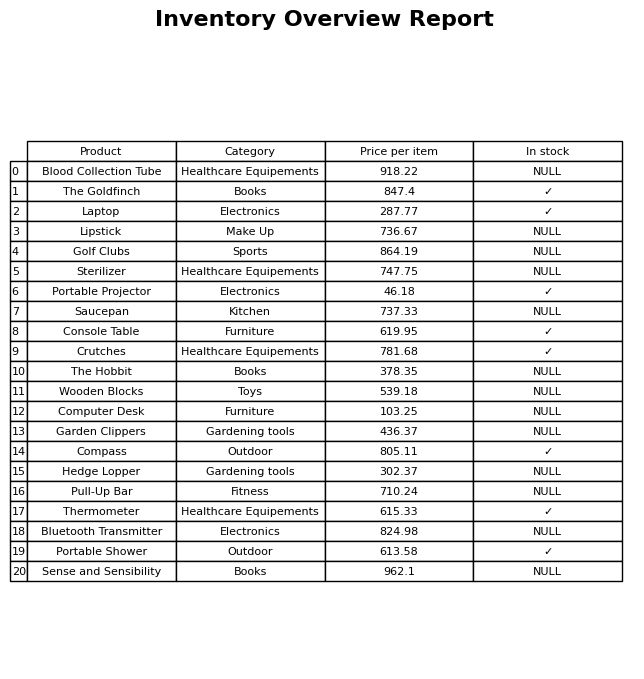
question: What is the price of the Bluetooth Transmitter?
answer: The price of Bluetooth Transmitter is 824.98.